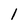
Character: l